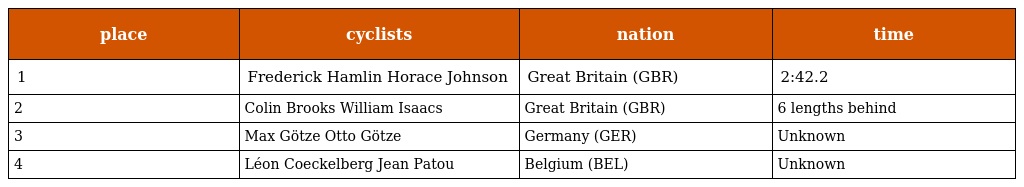
| place | cyclists | nation | time |
 | --- | --- | --- | --- |
 | 1 | Frederick Hamlin Horace Johnson | Great Britain (GBR) | 2:42.2 |
 | 2 | Colin Brooks William Isaacs | Great Britain (GBR) | 6 lengths behind |
 | 3 | Max Götze Otto Götze | Germany (GER) | Unknown |
 | 4 | Léon Coeckelberg Jean Patou | Belgium (BEL) | Unknown |